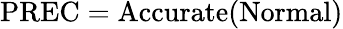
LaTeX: \mathrm{PREC}=\mathrm{Accurate}(\mathrm{Normal})